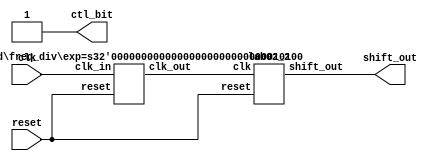
module lab1_3 (clk, reset, shift_out, ctl_bit);
input clk; // pin 55
input reset; // pin 47
output[7:0]shift_out; 
// pin 98, 99, 100, 101, 102, 109, 110, 111
output ctl_bit; // pin 88
assign ctl_bit= 1'b1;
freq_div#(20)M1 (clk, reset, clk_work); 
lab02_2 M2 (clk_work, reset, shift_out);
endmodule
//----------------------------------------------------
module lab02_2 (clk, reset, shift_out);
input clk, reset;
output [7:0]shift_out;
wire[7:0]shift_out;
reg[8:0]pattern;
assign  shift_out= pattern[7:0];
always@ (posedge clk or posedge reset)
begin
if(reset)
pattern = 9'b0_1110_0000;
else 
case(pattern)
  9'b0_11100000:pattern = 9'b0_01110000;
  9'b0_01110000:pattern = 9'b0_00111000;  
  9'b0_00111000:pattern = 9'b0_00011100;  
  9'b0_00011100:pattern = 9'b0_00001110;
  9'b0_00001110:pattern = 9'b0_00000111;  
  9'b0_00000111:pattern = 9'b1_00001110;  
  9'b1_00001110:pattern = 9'b1_00011100;
  9'b1_00011100:pattern = 9'b1_00111000;  
  9'b1_00111000:pattern = 9'b1_01110000;
  9'b1_01110000:pattern = 9'b1_11100000;
  9'b1_11100000:pattern = 9'b0_01110000;
default:pattern = 9'b0_11100000;endcase
end
endmodule
//----------------------------------------------------
module freq_div(clk_in, reset, clk_out);
parameter exp = 20;   
input clk_in, reset;
output clk_out;
reg[exp-1:0] divider;
integer i;
assign clk_out= divider[exp-1];
always@ (posedge clk_in or posedge reset)
begin
if(reset)
for(i=0; i < exp; i=i+1)
divider[i] = 1'b0;
else
divider = divider+ 1'b1;
end
endmodule